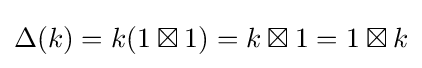
\Delta (k)=k(1\boxtimes 1)=k\boxtimes 1=1\boxtimes k